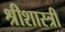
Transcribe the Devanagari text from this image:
श्रीशास्त्री